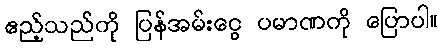
ဧည့်သည်ကို ပြန်အမ်းငွေ ပမာဏကို ပြောပါ။